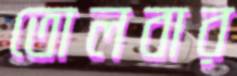
তোলবার